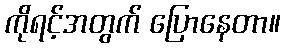
ကိုရင့်အတွက် ပြောနေတာ။